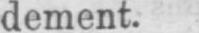
dement.